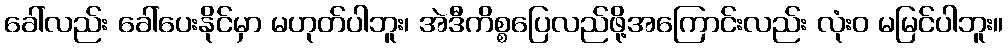
ခေါ်လည်း ခေါ်ပေးနိုင်မှာ မဟုတ်ပါဘူး၊ အဲဒီကိစ္စပြေလည်ဖို့အကြောင်းလည်း လုံးဝ မမြင်ပါဘူး။